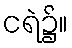
ငရဲ၌။